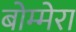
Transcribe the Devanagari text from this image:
बोम्मेरा